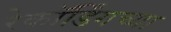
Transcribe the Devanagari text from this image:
रेकॉर्डिंगच्या